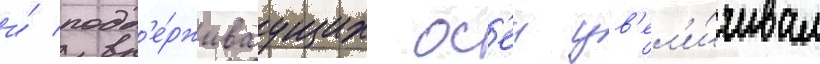
и́ подд'е́рживаущих ос'еи ув'ел'и́чивал